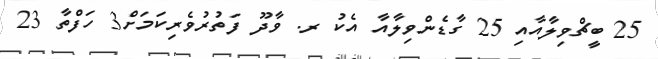
25 ބީޗްވިލާއާއި 25 ގާޑެންވިލާއާ އެކު ރ. ވާދޫ ފަތުރުވެރިކަމަށް3 ހަފްތާ 23